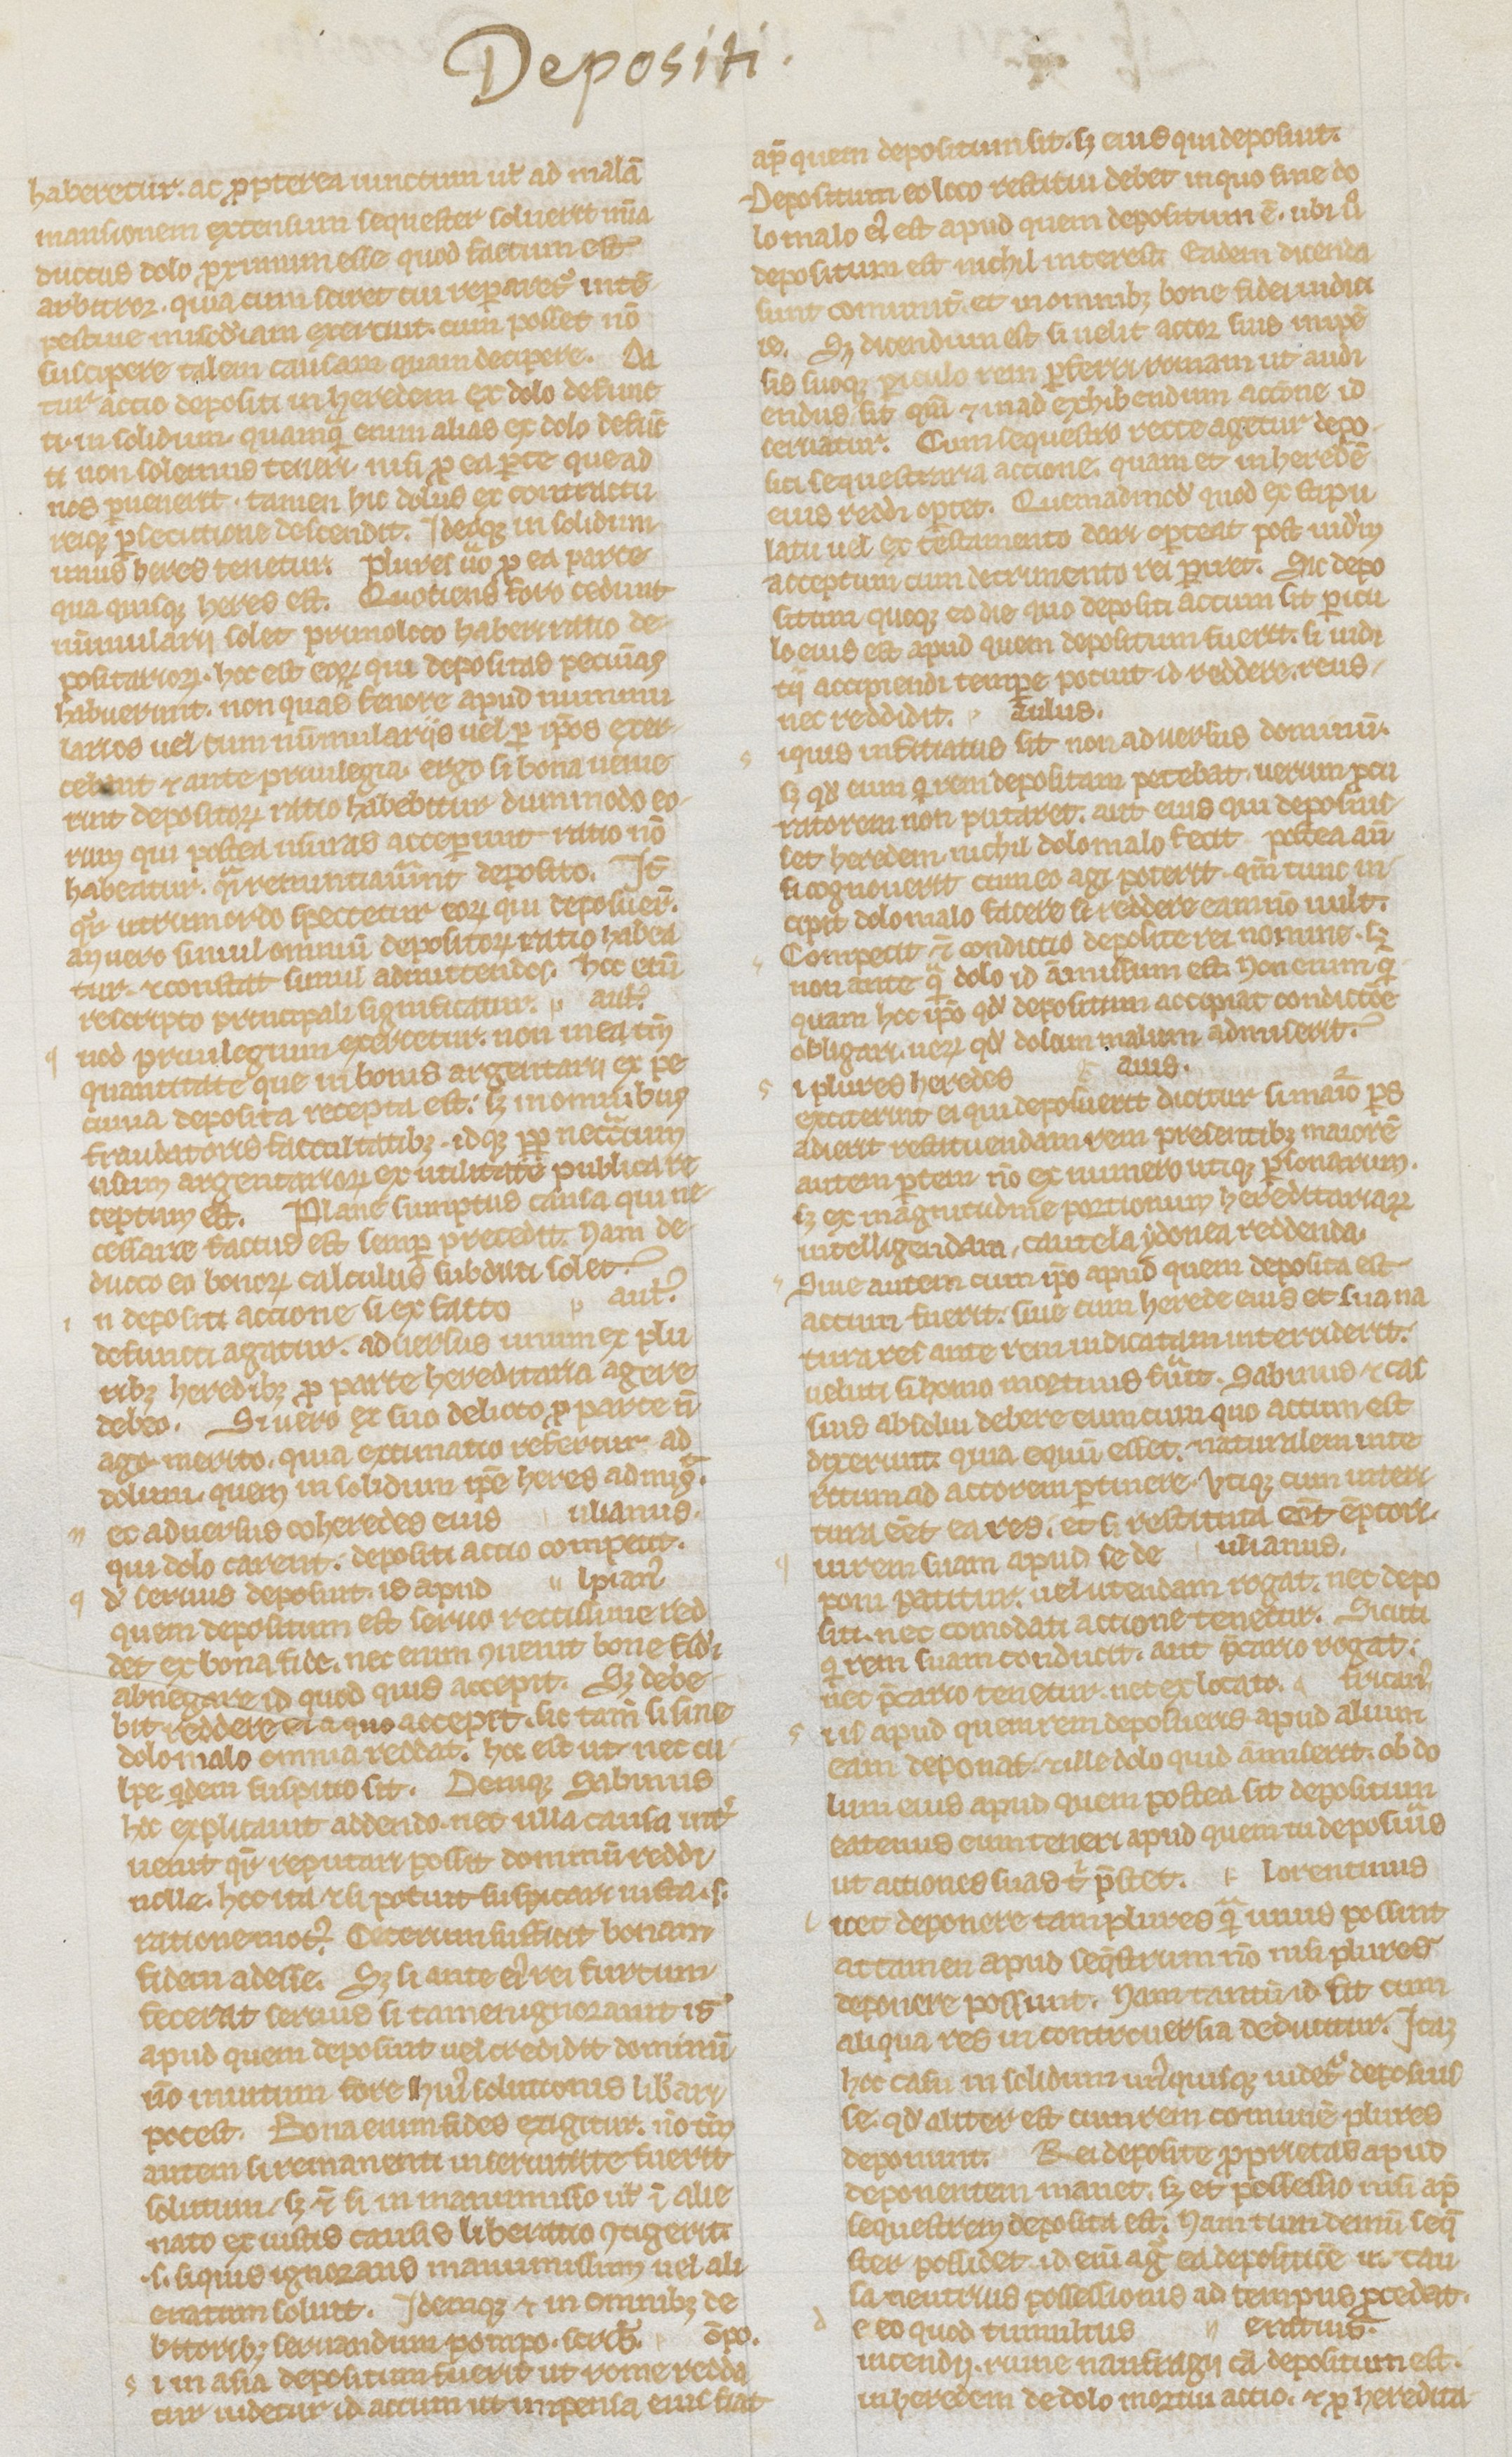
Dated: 1235–1265